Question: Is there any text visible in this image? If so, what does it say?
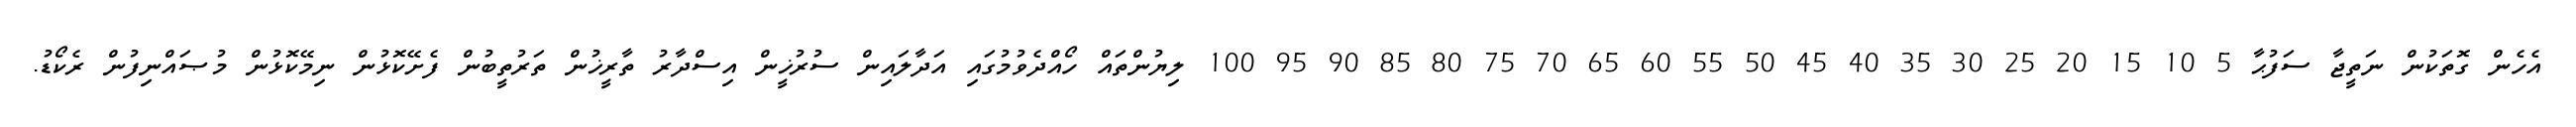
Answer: އެހެން ގޮތަކުން ނަތީޖާ ސަފުޙާ 5 10 15 20 25 30 35 40 45 50 55 60 65 70 75 80 85 90 95 100 ލިޔުންތައް ހޯއްދެވުމުގައި އަދާލައިން ސުރުޚީން އިސްދާރު ތާރީޚުން ތަރުތީބުން ފެށޭކޮޅުން ނިމޭކޮޅުން މުޞައްނިފުން ރެކޯޑު.